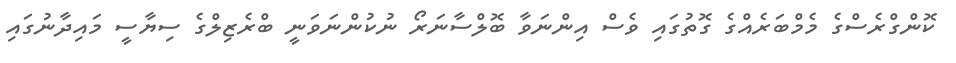
ކޮންގްރެސްގެ މެމްބަރެއްގެ ގޮތުގައި ވެސް އިންނަވާ ބޮލްސާނަރޯ ނުކުންނަވަނީ ބްރެޒިލްގެ ސިޔާސީ މައިދާނުގައި